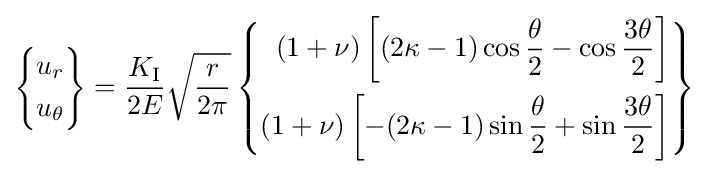
\left\{{\begin{aligned}u_{r}\\u_{\theta }\end{aligned}}\right\}={\frac {K_{\rm {I}}}{2E}}{\sqrt {\frac {r}{2\pi }}}\left\{{\begin{aligned}(1+\nu )\left[(2\kappa -1)\cos {\frac {\theta }{2}}-\cos {\frac {3\theta }{2}}\right]\\(1+\nu )\left[-(2\kappa -1)\sin {\frac {\theta }{2}}+\sin {\frac {3\theta }{2}}\right]\end{aligned}}\right\}